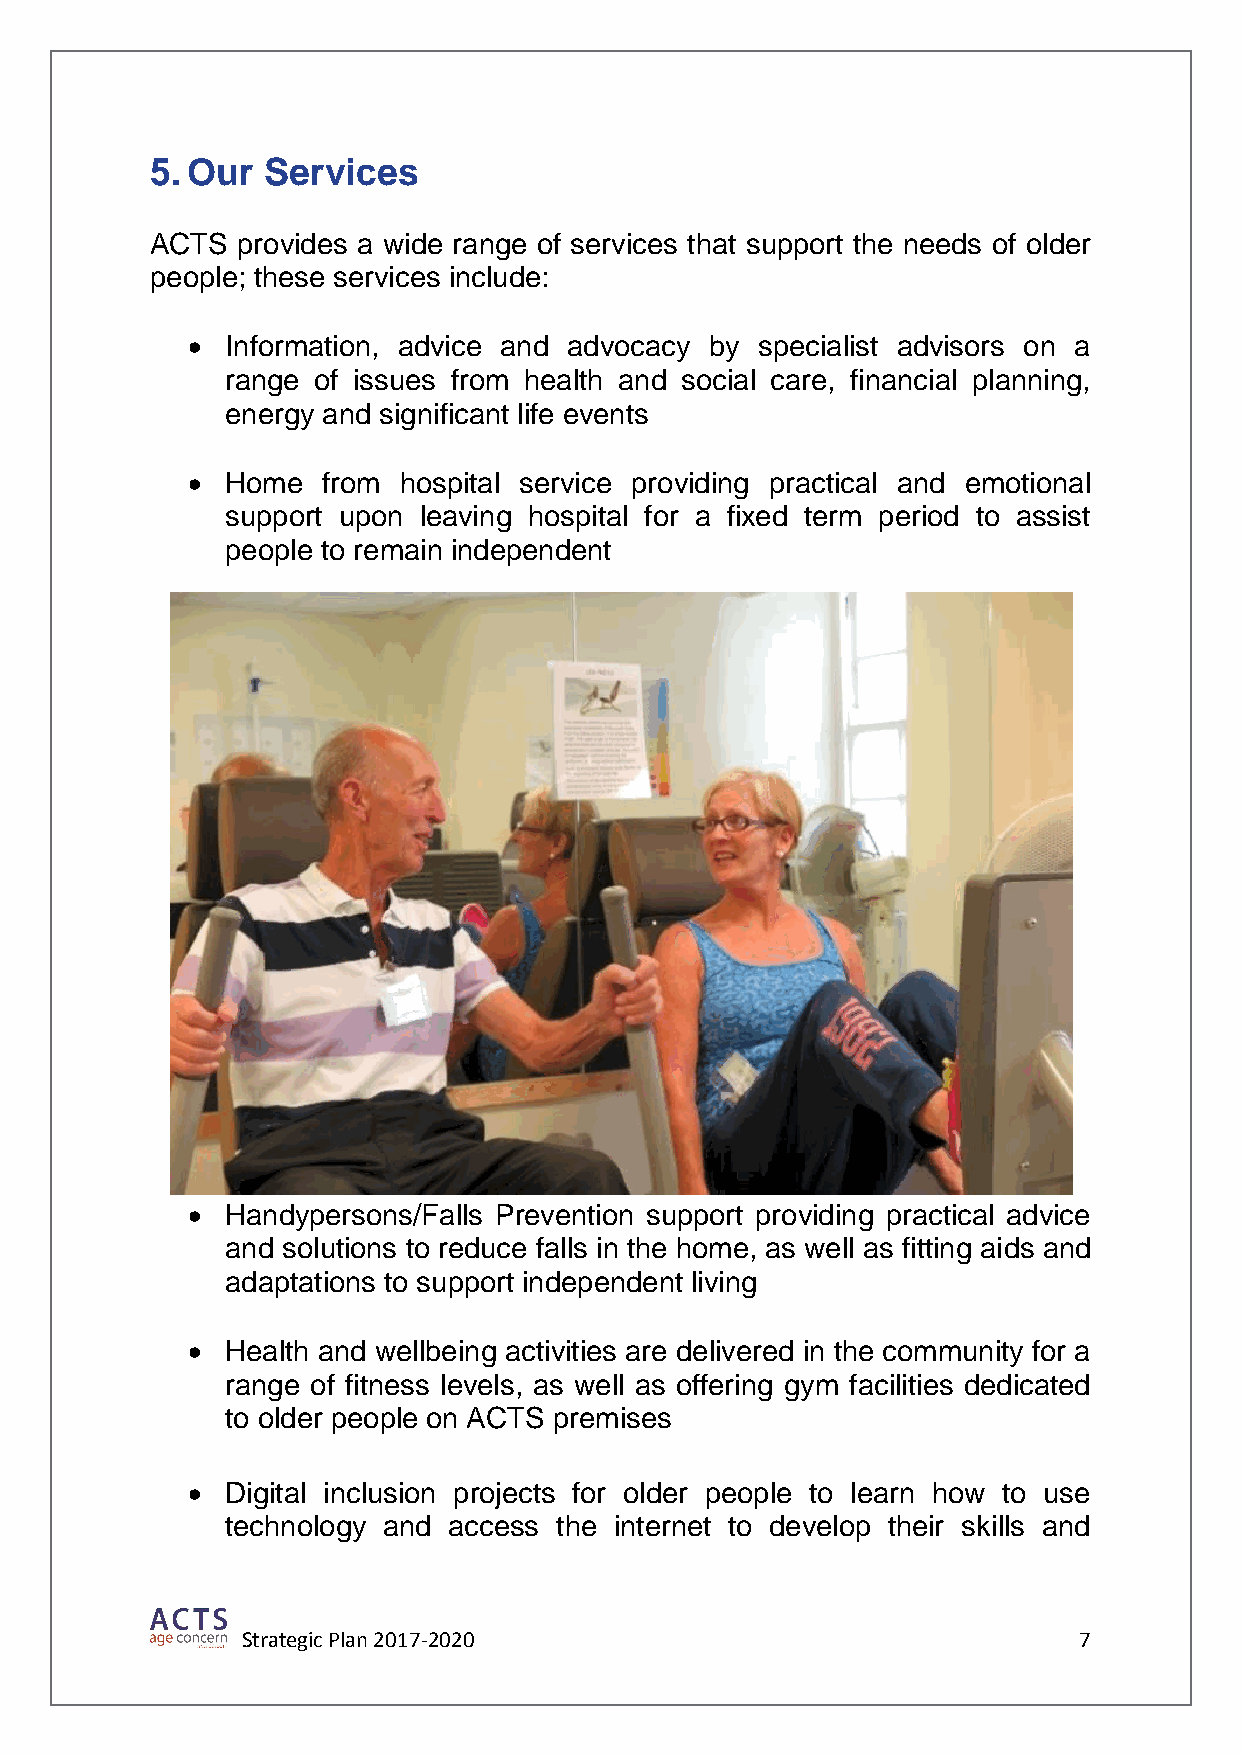
5. Our  Services
 ACTS  provides a wide range of services that support the needs of older
 people; these services include:
   Information, advice and advocacy by specialist advisors on a
 range of issues from health and social care, financial planning,
 energy and significant life events
   Home  from hospital service providing practical and emotional
 support upon leaving hospital for a fixed term period to assist
 people to remain independent
   Handypersons/Falls Prevention support providing practical advice
 and solutions to reduce falls in the home, as well as fitting aids and
 adaptations to support independent living
   Health and wellbeing activities are delivered in the community for a
 range of fitness levels, as well as offering gym facilities dedicated
 to older people on ACTS premises
   Digital inclusion projects for older people to learn how to use
 technology and access the internet to develop their skills and
 Strategic Plan 2017-2020                               7